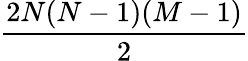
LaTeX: \frac{2N(N-1)(M-1)}{2}